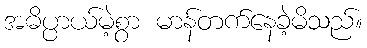
အဓိပ္ပာယ်မဲ့စွာ မာန်တက်နေခဲ့မိသည်။